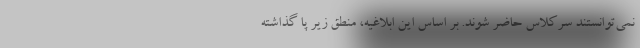
نمی‌توانستند سرکلاس حاضر شوند. بر اساس این ابلاغیه، منطق زیر پا گذاشته